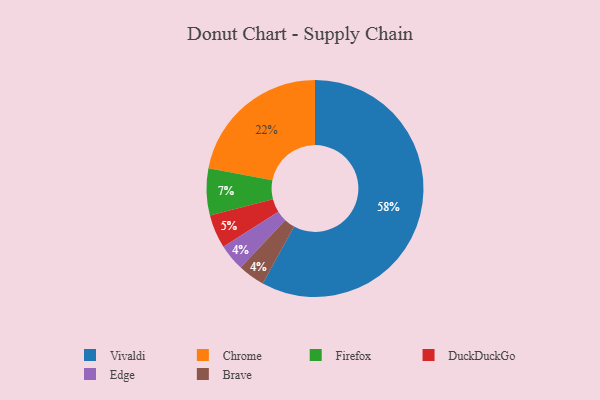
{"axis": {"x": "Category", "y": "Percentage"}, "legend": ["Brave", "Chrome", "DuckDuckGo", "Edge", "Firefox", "Vivaldi"], "data": [{"x": "Firefox", "y": 7, "type": "Firefox"}, {"x": "DuckDuckGo", "y": 5, "type": "DuckDuckGo"}, {"x": "Edge", "y": 4, "type": "Edge"}, {"x": "Brave", "y": 4, "type": "Brave"}, {"x": "Chrome", "y": 22, "type": "Chrome"}, {"x": "Vivaldi", "y": 58, "type": "Vivaldi"}]}